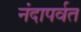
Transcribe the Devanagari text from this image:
नंदापर्वत